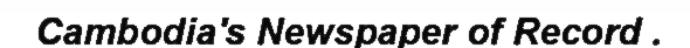
Cambodia's Newspaper of Record .